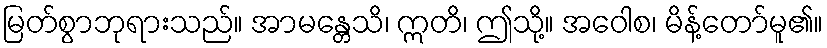
မြတ်စွာဘုရားသည်။ အာမန္တေသိ၊ ဣတိ၊ ဤသို့။ အဝေါစ၊ မိန့်တော်မူ၏။